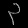
Digit: ၃